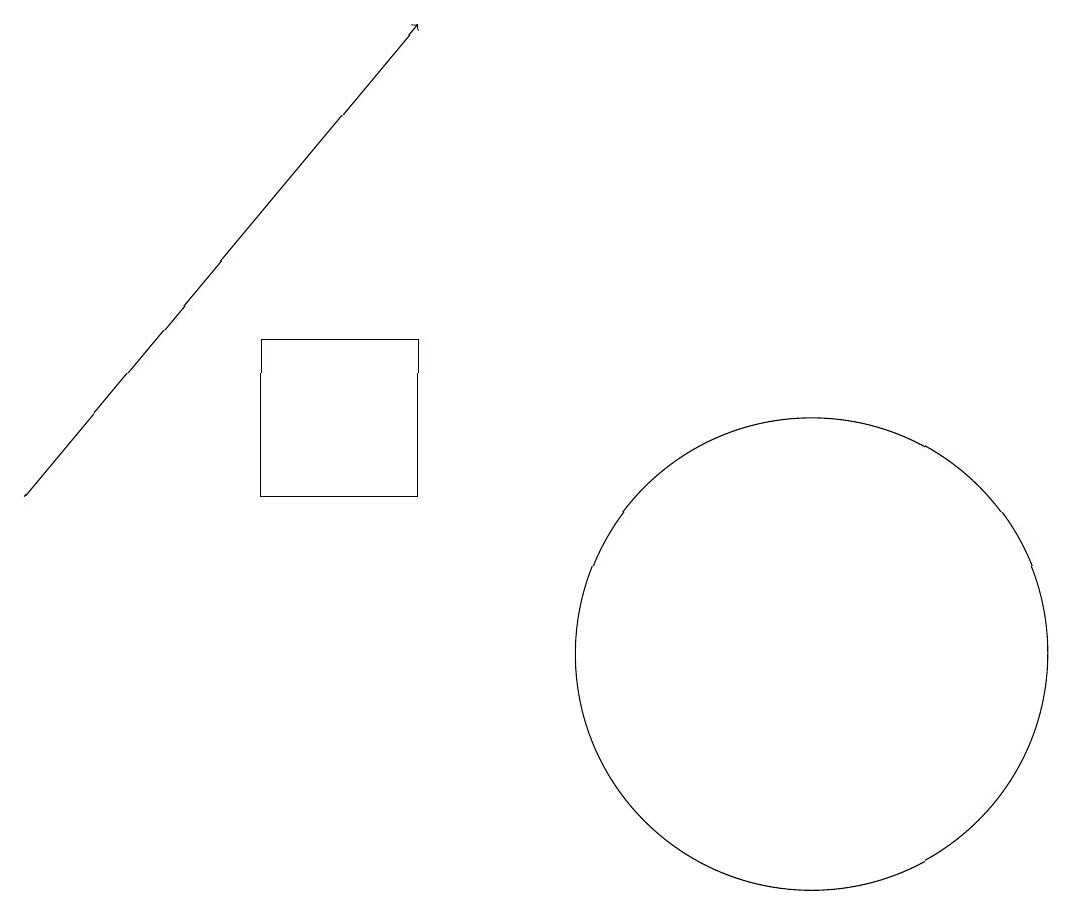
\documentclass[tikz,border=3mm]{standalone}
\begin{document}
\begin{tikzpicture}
\draw[->] (0,12) -- (5,18);
\draw (3,14) rectangle (5,12);
\draw (10,10) circle (3);
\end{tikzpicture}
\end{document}